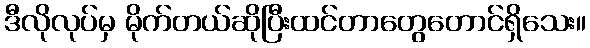
ဒီလိုလုပ်မှ မိုက်တယ်ဆိုပြီးထင်တာတွေတောင်ရှိသေး။